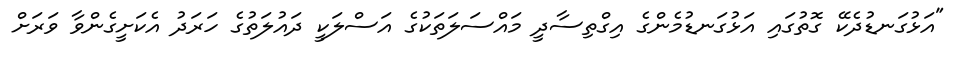
"އަޅުގަނޑުދެކޭ ގޮތުގައި އަޅުގަނޑުމެންގެ އިގްތިސާދީ މައްސަލަތަކުގެ އަސްލަކީ ދައުލަތުގެ ހަރަދު އެކަށީގެންވާ ވަރަށް